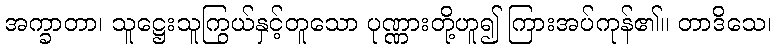
အက္ခာတာ၊ သူဋ္ဌေးသူကြွယ်နှင့်တူသော ပုဏ္ဏားတို့ဟူ၍ ကြားအပ်ကုန်၏။ တာဒိသေ၊